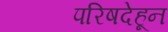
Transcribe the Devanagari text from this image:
परिषदेहून